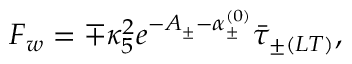
F _ { w } = \mp \kappa _ { 5 } ^ { 2 } e ^ { - A _ { \pm } - \alpha _ { \pm } ^ { ( 0 ) } } \bar { \tau } _ { \pm ( L T ) } ,